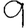
Digit: 9